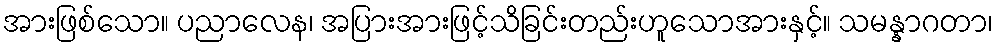
အားဖြစ်သော။ ပညာလေန၊ အပြားအားဖြင့်သိခြင်းတည်းဟူသောအားနှင့်။ သမန္နာဂတာ၊